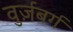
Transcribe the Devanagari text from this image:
वुर्ज़बर्ग